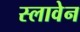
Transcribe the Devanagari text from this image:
स्लावेन